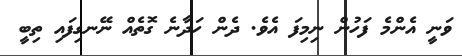
ވަނީ އެންމެ ފަހުން ނިމިފަ އެވެ. ދެން ހަދާނެ ގޮތެއް ނޭނގިފައި ތިބީ